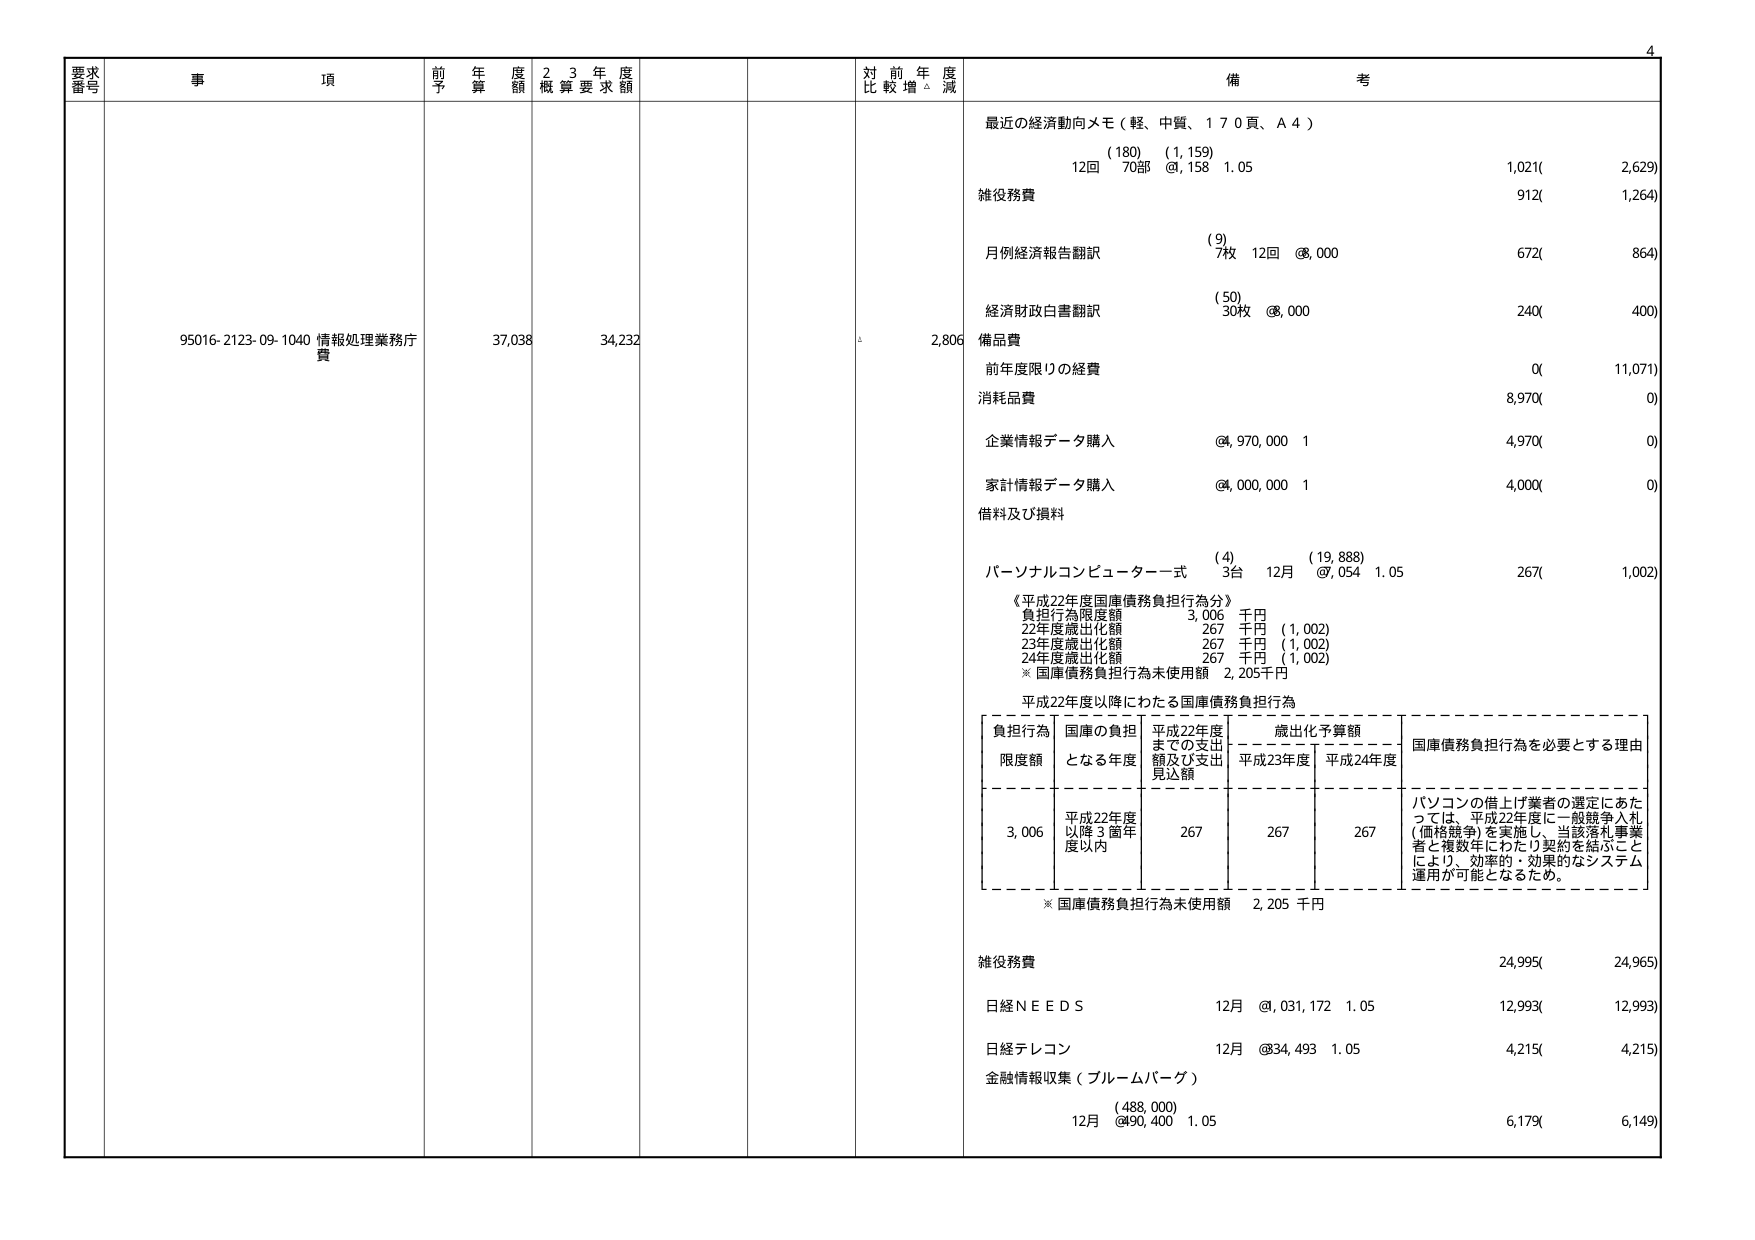
要求番号
事項
前年度予算額
23年度概算要求額
対前年度比較増減
備考
95016-2123-09-1040 情報処理業務庁費
37,038
34,232
2,806
最近の経済動向メモ（軽、中質、170頁、A4）
(180) (1,159)
12回 70部 @1,158 1.05
1,021( 2,629)
雑役務費
912( 1,264)
月例経済報告翻訳
(9)
7枚 12回 @8,000
672( 864)
経済財政白書翻訳
(50)
30枚 @8,000
240( 400)
備品費
前年度限りの経費
0( 11,071)
消耗品費
8,970( 0)
企業情報データ購入
@4,970,000 1
4,970( 0)
家計情報データ購入
@4,000,000 1
4,000( 0)
借料及び損料
パーソナルコンピューター一式
(4)
3台 12月 @7,054 1.05
267( 1,002)
《平成22年度国庫債務負担行為分》
負担行為限度額 3,006 千円
22年度歳出化額 267 千円 (1,002)
23年度歳出化額 267 千円 (1,002)
24年度歳出化額 267 千円 (1,002)
※国庫債務負担行為未使用額 2,205千円
平成22年度以降にわたる国庫債務負担行為
負担行為限度額
国庫の負担となる年度
平成22年度までの支出額及び支出見込額
歳出化予算額
平成23年度
平成24年度
国庫債務負担行為を必要とする理由
3,006
平成22年度以降3箇年度以内
267
267
267
パソコンの借上げ業者の選定にあたっては、平成22年度に一般競争入札（価格競争）を実施し、当該落札事業者と複数年にわたり契約を結ぶことにより、効率的・効果的なシステム運用が可能となるため。
※国庫債務負担行為未使用額 2,205 千円
雑役務費
24,995( 24,965)
日経ＮＥＥＤＳ
12月 @1,031,172 1.05
12,993( 12,993)
日経テレコン
12月 @34,493 1.05
4,215( 4,215)
金融情報収集（ブルームバーグ）
(488,000)
12月 @90,400 1.05
6,179( 6,149)